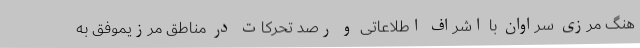
هنگ مرزی سراوان با اشراف اطلاعاتی و رصد تحرکات در مناطق مرزیموفق به